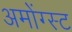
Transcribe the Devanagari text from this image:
अमोंग्स्ट